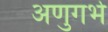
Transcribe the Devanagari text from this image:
अणुगर्भ